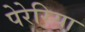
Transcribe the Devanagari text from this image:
पेरेरिया